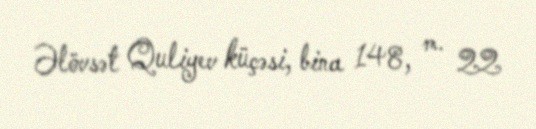
Əlövsət Quliyev küçəsi, bina 148, m. 22